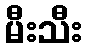
မီးသီး